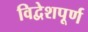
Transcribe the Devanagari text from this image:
विद्वेशपूर्ण